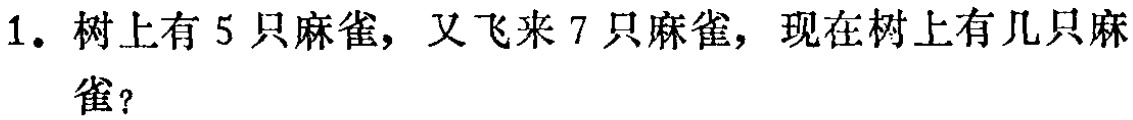
1. 树上有5只麻雀，又飞来7只麻雀，现在树上有几只麻雀？